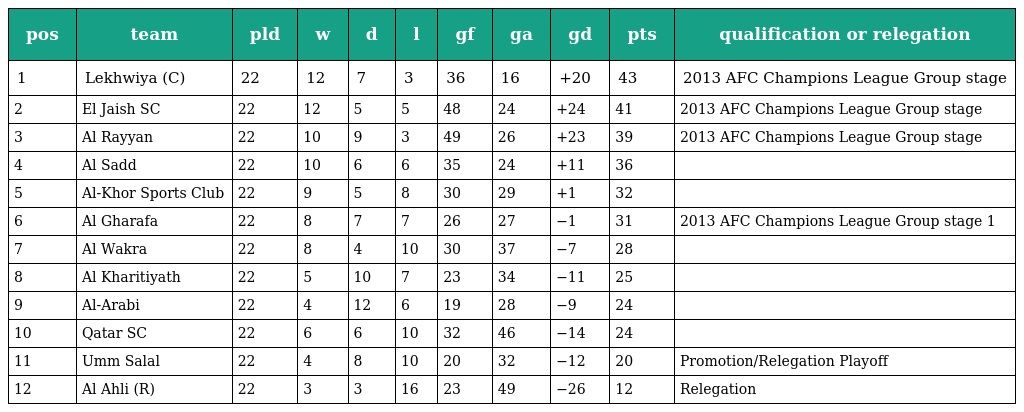
| pos | team | pld | w | d | l | gf | ga | gd | pts | qualification or relegation |
 | --- | --- | --- | --- | --- | --- | --- | --- | --- | --- | --- |
 | 1 | Lekhwiya (C) | 22 | 12 | 7 | 3 | 36 | 16 | +20 | 43 | 2013 AFC Champions League Group stage |
 | 2 | El Jaish SC | 22 | 12 | 5 | 5 | 48 | 24 | +24 | 41 | 2013 AFC Champions League Group stage |
 | 3 | Al Rayyan | 22 | 10 | 9 | 3 | 49 | 26 | +23 | 39 | 2013 AFC Champions League Group stage |
 | 4 | Al Sadd | 22 | 10 | 6 | 6 | 35 | 24 | +11 | 36 |  |
 | 5 | Al-Khor Sports Club | 22 | 9 | 5 | 8 | 30 | 29 | +1 | 32 |  |
 | 6 | Al Gharafa | 22 | 8 | 7 | 7 | 26 | 27 | −1 | 31 | 2013 AFC Champions League Group stage 1 |
 | 7 | Al Wakra | 22 | 8 | 4 | 10 | 30 | 37 | −7 | 28 |  |
 | 8 | Al Kharitiyath | 22 | 5 | 10 | 7 | 23 | 34 | −11 | 25 |  |
 | 9 | Al-Arabi | 22 | 4 | 12 | 6 | 19 | 28 | −9 | 24 |  |
 | 10 | Qatar SC | 22 | 6 | 6 | 10 | 32 | 46 | −14 | 24 |  |
 | 11 | Umm Salal | 22 | 4 | 8 | 10 | 20 | 32 | −12 | 20 | Promotion/Relegation Playoff |
 | 12 | Al Ahli (R) | 22 | 3 | 3 | 16 | 23 | 49 | −26 | 12 | Relegation |